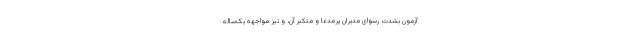
آزمون بشدّت رسوای مدیران پُرمدّعا و متکبّر آن، و نیز مواجهه‌ یک‌ساله‌